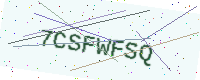
Text: 7CSFWFSQ